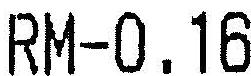
RM-0.16